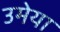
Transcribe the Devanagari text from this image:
उमेया